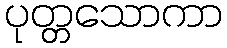
ပုတ္တသောကာ